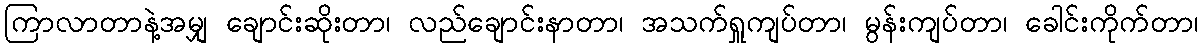
ကြာလာတာနဲ့အမျှ ချောင်းဆိုးတာ၊ လည်ချောင်းနာတာ၊ အသက်ရှူကျပ်တာ၊ မွန်းကျပ်တာ၊ ခေါင်းကိုက်တာ၊